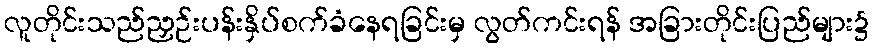
လူတိုင်းသည်ညှဉ်းပန်းနှိပ်စက်ခံနေရခြင်းမှ လွတ်ကင်းရန် အခြားတိုင်းပြည်များ၌